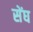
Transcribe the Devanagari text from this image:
सेंघ